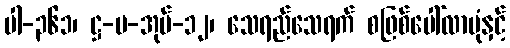
ပါ-၃၆၁၊ ဋ္ဌ-မ-အုပ်-၁၂၊ သေရည်သေရက် စဖြစ်ပေါ်လာပုံနှင့်